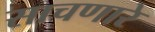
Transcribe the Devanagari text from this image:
साचणारे